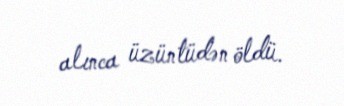
alınca üzüntüdən öldü.